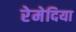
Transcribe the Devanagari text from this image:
रेमेदिया